Report on the cultivation and use of ganja
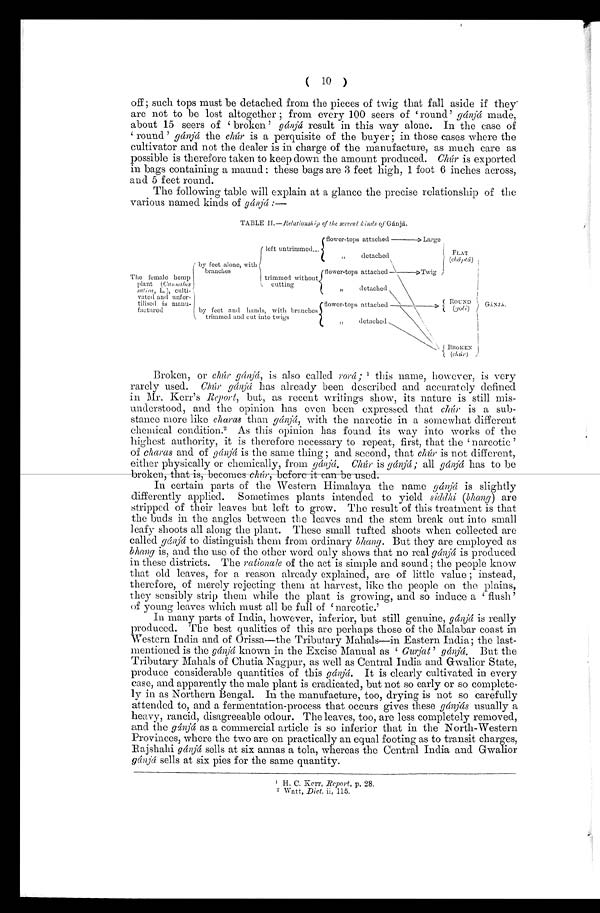
( 10 )
off ; such tops must be detached from the pieces of twig that fall aside if they
are not to be lost altogether ; from every 100 seers of 'round' g á n j á
m a d e ,
about 15 seers of 'broken'g á n j á
result in this way alone. In the case of
'round ' gánjá the chúr is a perquisite of the buyer ; in those cases where the
cultivator and not the dealer is in charge of the manufacture, as much care as
possible is therefore taken to keep down the amount produced. Chúr is exported
in bags containing a maund; these bags are 3 feet high, 1 foot 6 inches across,
and 5 feet round.
The following table will explain at a glance the precise relationship of the
various named kinds of gánjá:—
TABLE II. —Relationship of the several
kinds of Gánjá.
Broken, or chúr gánjá, is also called rorá ; 1 this name, however, is very
rarely used. Chúr gánjá has already been described and accurately defined
in Mr. Kerr's Report, but, as recent writings show, its nature is still mis-
understood, and the opinion has even been expressed that chúr is a sub-
stance more like charas than gánjá, with the narcotic in a somewhat different
chemical condition. 2 As this opinion has found its way into works of the
highest authority, it is therefore necessary to repeat, first, that the 'narcotic '
of charas and of gánjá is the same thing ; and second, that chúr is not different,
either physically or chemically, from gánjá. Chúr is gánjá ; all gánjá has to be
broken, that is, becomes chúr, before it can be used.
In certain parts of the Western Himalaya the name gánjá is slightly
differently applied. Sometimes plants intended to yield siddhi (bhang) are
stripped of their leaves but left to grow. The result of this treatment is that
the buds in the angles between the leaves and the stem break out into small
leafy shoots all along the plant. These small tufted shoots when collected are
called gánjá to distinguish them from ordinary bhang. But they are employed as
bhang is, and the use of the other word only shows that no real gánjá is produced
in these districts. The rationale of the act is simple and sound ; the people know
that old leaves, for a reason already explained, are of little value ; instead,
therefore, of merely rejecting them at harvest, like the people on the plains,
they sensibly strip them while the plant is growing, and so induce a 'flush'
of young leaves which must all be full of 'narcotic.'
In many parts of India, however, inferior, but still genuine, gánjá is really
produced. The best qualities of this are perhaps those of the Malabar coast in
Western India and of Orissa—the Tributary Mahals—in Eastern India; the last-
mentioned is the gánjá known in the Excise Manual as 'G u r j a t ' g
á n j
á .
B u t t h e
Tributary Mahals of Chutia Nagpur, as well as Central India and Gwalior State,
produce considerable quantities of this gá njá. It is clearly cultivated in every
case, and apparently the male plant is eradicated, but not so early or so complete-
ly in as Northern Bengal. In the manufacture, too, drying is not so carefully
attended to, and a fermentation-process that occurs gives these gánjá s usually a
heavy, rancid, disagreeable odour. The leaves, too, are less completely removed,
and the gánjá as a commercial article is so inferior that in the North-Western
Provinces, where the two are on practically an equal footing as to transit charges,
Rajshahi gá njá sells at six annas a tola, whereas the Central India and Gwalior
gá njá sells at six pies for the same quantity.
1 H. C. Kerr, Report, p. 28.
2 Watt, Dict, ii, 115.